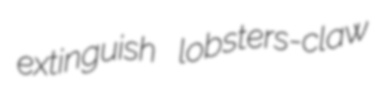
extinguish lobsters-claw